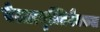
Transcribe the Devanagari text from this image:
वेल्लामुल्लिवैक्कल